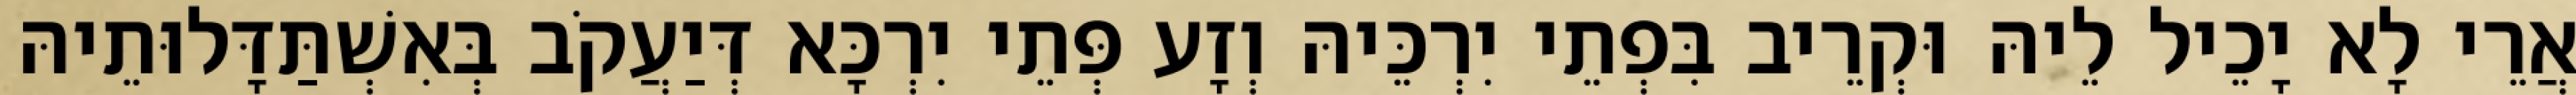
אֲרֵי לָא יָכֵיל לֵיהּ וּקְרֵיב בִּפְתֵי יִרְכֵּיהּ וְזָע פְּתֵי יִרְכָּא דְּיַעֲקֹב בְּאִשְׁתַּדָּלוּתֵיהּ